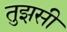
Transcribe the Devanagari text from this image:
तुझसी